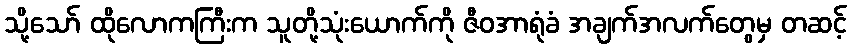
သို့သော် ထိုလောကကြီးက သူတို့သုံးယောက်ကို ဇီဝအာရုံခံ အချက်အလက်တွေမှ တဆင့်